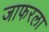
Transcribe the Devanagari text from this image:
जाफरला